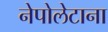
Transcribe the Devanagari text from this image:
नेपोलेटाना